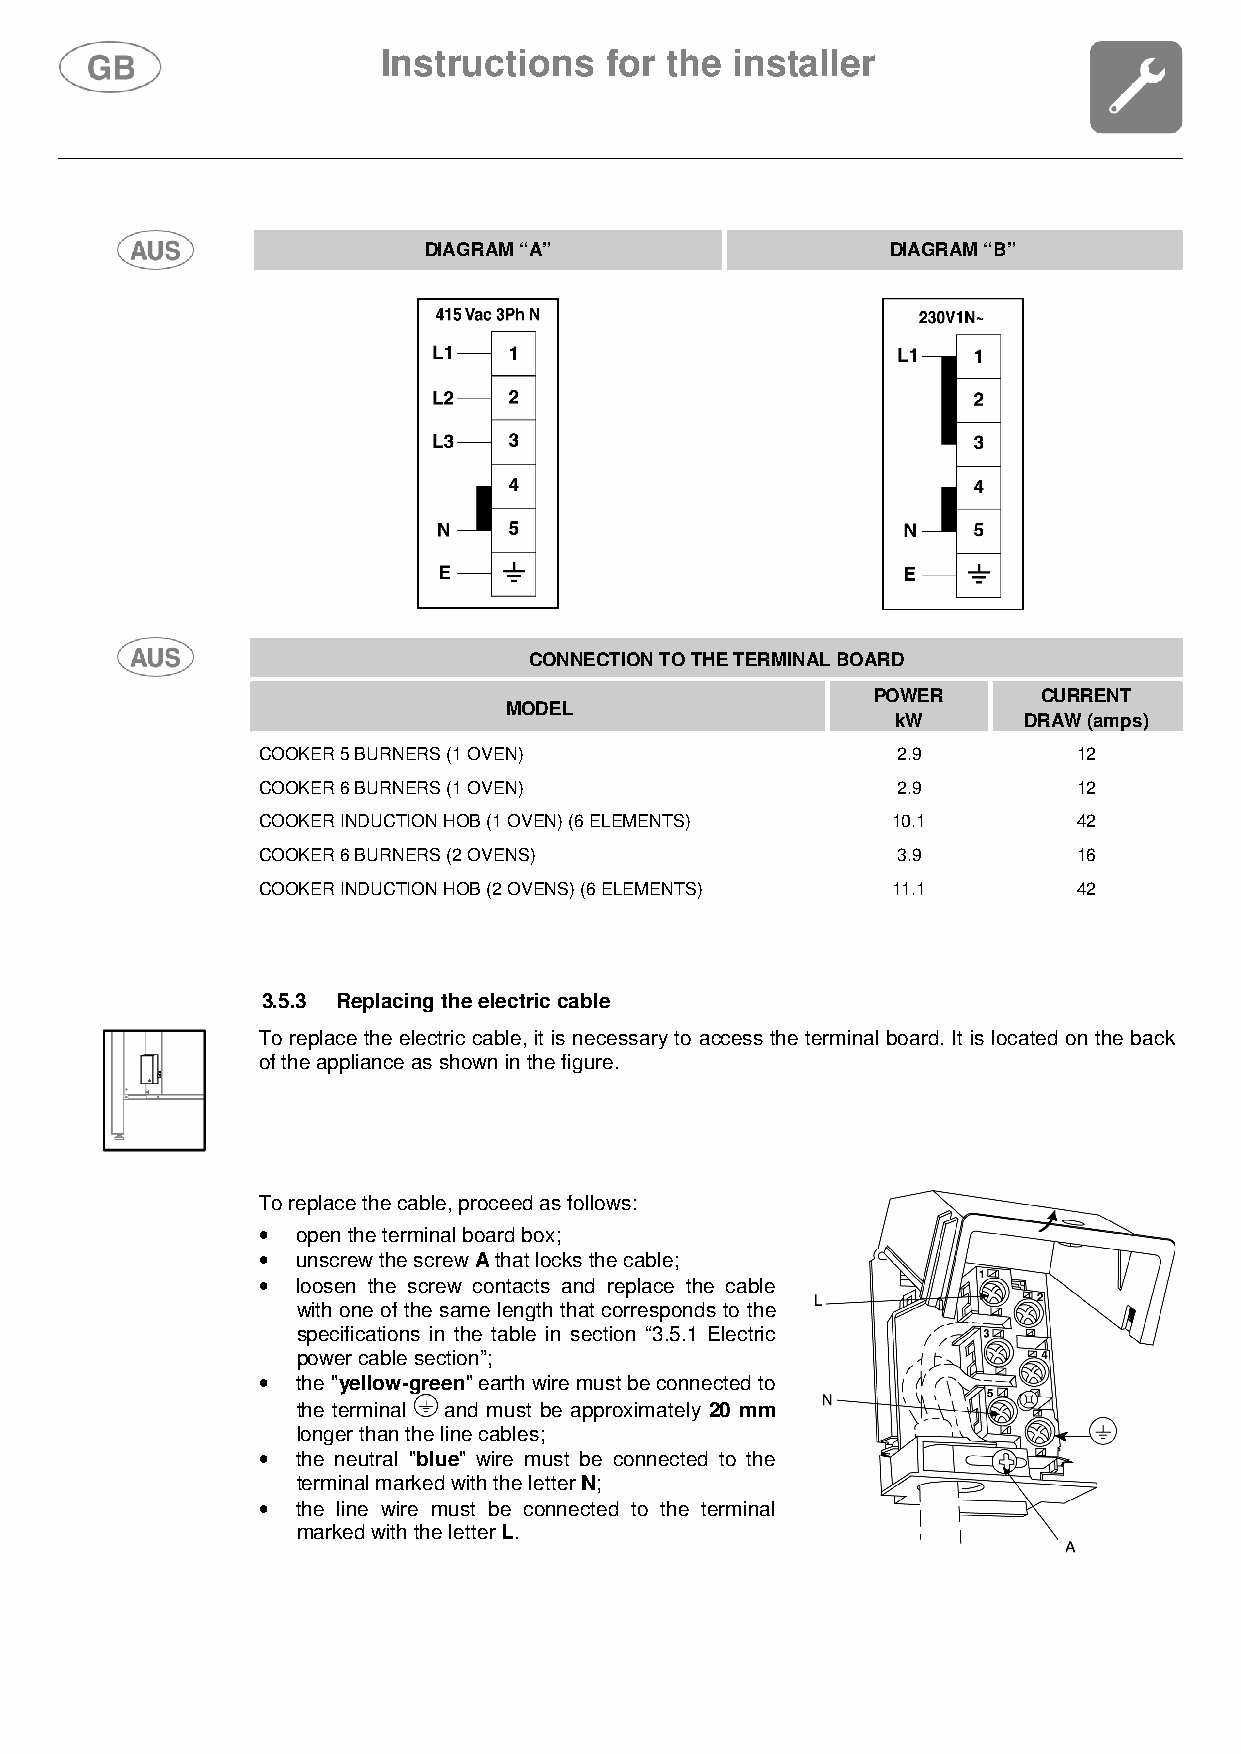
Instructions   for the  installer
 DIAGRAM “A”                    DIAGRAM “B”
 CONNECTION TO THE TERMINAL BOARD
 POWER      CURRENT
 MODEL
 kW       DRAW (amps)
 COOKER 5 BURNERS (1 OVEN)                 2.9         12
 COOKER 6 BURNERS (1 OVEN)                 2.9         12
 COOKER INDUCTION HOB (1 OVEN) (6 ELEMENTS) 10.1       42
 COOKER 6 BURNERS (2 OVENS)                3.9         16
 COOKER INDUCTION HOB (2 OVENS) (6 ELEMENTS) 11.1      42
 3.5.3 Replacing the electric cable
 To replace the electric cable, it is necessary to access the terminal board. It is located on the back
 of the appliance as shown in the figure.
 To replace the cable, proceed as follows:
 •
 open the terminal board box;
 •  unscrew the screw A that locks the cable;
 •
 loosen the screw contacts and replace the cable
 with one of the same length that corresponds to the
 specifications in the table in section “3.5.1 Electric
 power cable section”;
 •  the "yellow-green" earth wire must be connected to
 the terminal and must be approximately 20 mm
 longer than the line cables;
 •  the neutral "blue" wire must be connected to the
 terminal marked with the letter N;
 •
 the line wire must be connected to the terminal
 marked with the letter L.
 70